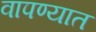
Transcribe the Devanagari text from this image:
वापण्यात